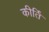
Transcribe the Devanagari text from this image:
कीर्तिं